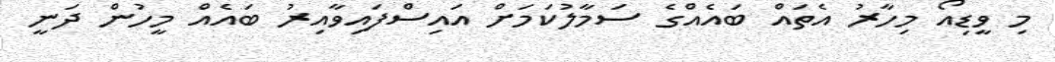
މި ވީޑިއޯ މިހާރު އެތައް ބައެއްގެ ސަމާލުކަމަށް އައިސްފައިވާއިރު ބައެއް މީހުން ދަނީ